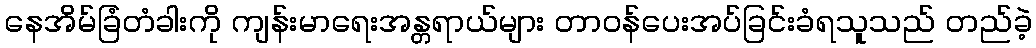
နေအိမ်ခြံတံခါးကို ကျန်းမာရေးအန္တရာယ်များ တာဝန်ပေးအပ်ခြင်းခံရသူသည် တည်ခဲ့